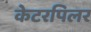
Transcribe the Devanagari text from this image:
केटरपिलर